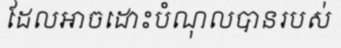
ដែលអាចដោះបំណុលបានរបស់